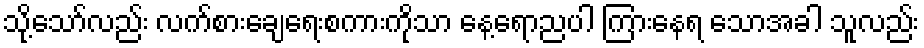
သို့သော်လည်း လက်စားချေရေးစကားကိုသာ နေ့ရောညပါ ကြားနေရ သောအခါ သူလည်း